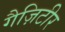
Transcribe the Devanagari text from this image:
गैज़िटीर